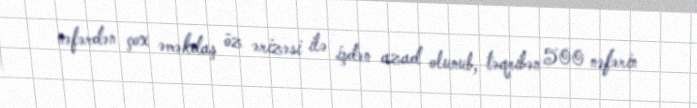
nəfərdən çox əməkdaş öz ərizəsi ilə işdən azad olunub, təqribən 500 nəfərin